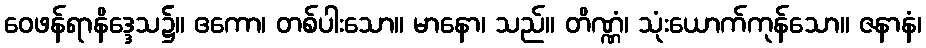
ဝေဖန်ရာနိဒ္ဒေသ၌။ ဧကော၊ တစ်ပါးသော။ မာနော၊ သည်။ တိဏ္ဏံ၊ သုံးယောက်ကုန်သော။ ဇနာနံ၊